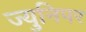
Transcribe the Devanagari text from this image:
ज्युनिपर